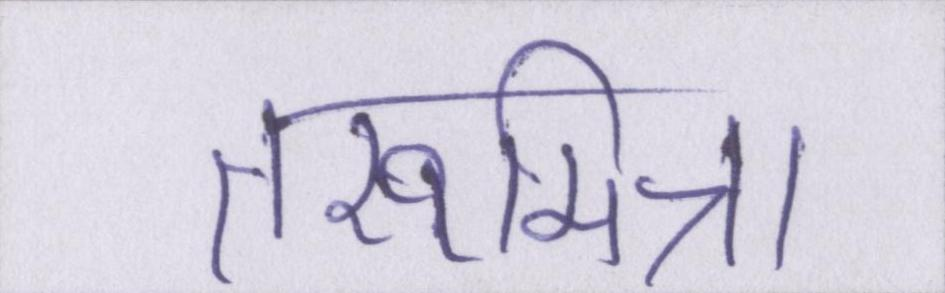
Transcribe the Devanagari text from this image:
तरूमित्रा